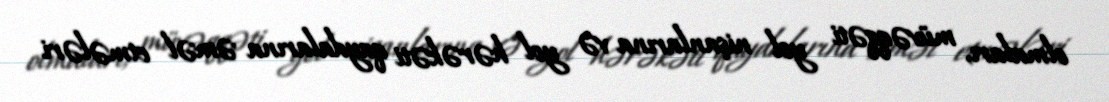
olmaları, müvəqqəti yol nişanlarına və yol hərəkəti qaydalarına əməl etmələri